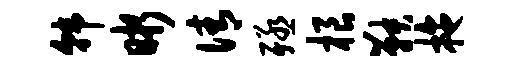
韩晰倩殛根鞅拖